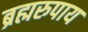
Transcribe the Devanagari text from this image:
ब्रह्मरुपाय